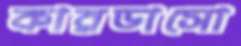
কারডাসো